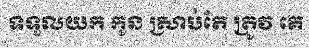
ទទួលយក កូន ស្រាប់តែ ត្រូវ គេ